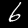
Label: 6